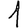
Digit: 1